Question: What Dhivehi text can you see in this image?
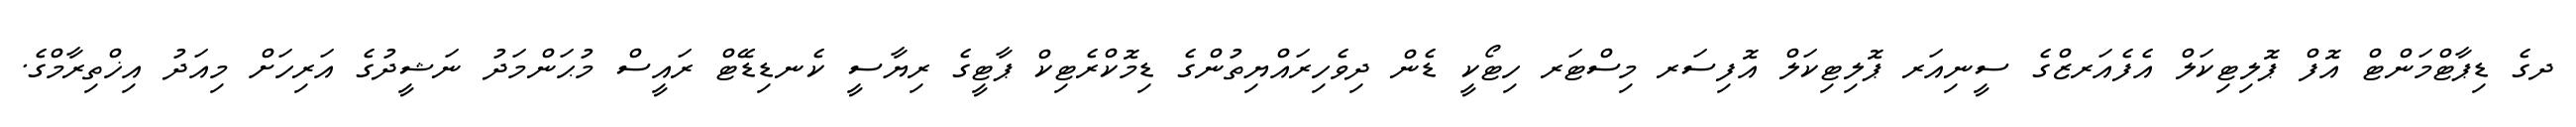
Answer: ދގެ ޑިޕާޓްމަންޓް އޮފް ޕޮލިޓިކަލް އެފެއަރޒްގެ ސީނިއަރ ޕޮލިޓިކަލް އޮފިސަރ މިސްޓަރ ހިޓޯކީ ޑެން ދިވެހިރައްޔިތުންގެ ޑިމޮކްރެޓިކް ޕާޓީގެ ރިޔާސީ ކެނޑިޑޭޓް ރައީސް މުޙަންމަދު ނަޝީދުގެ އަރިހަށް މިއަދު އިޚްތިރާމްގެ.